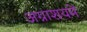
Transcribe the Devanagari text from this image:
अग्नाशयमें